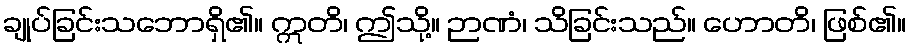
ချုပ်ခြင်းသဘောရှိ၏။ ဣတိ၊ ဤသို့။ ဉာဏံ၊ သိခြင်းသည်။ ဟောတိ၊ ဖြစ်၏။